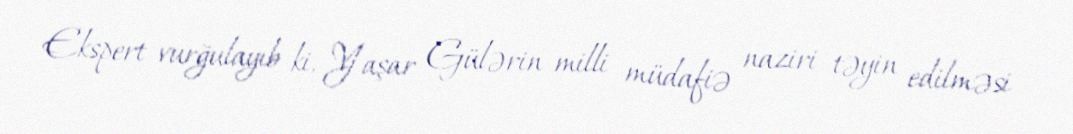
Ekspert vurğulayıb ki, Yaşar Gülərin milli müdafiə naziri təyin edilməsi